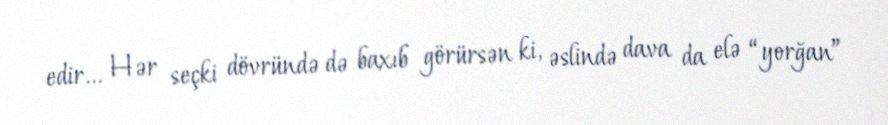
edir... Hər seçki dövründə də baxıb görürsən ki, əslində dava da elə “yorğan”